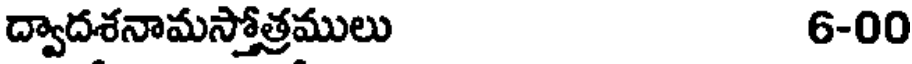
ద్వాదశనామస్తోత్రములు 6-00